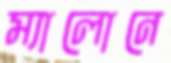
ম্যালোনে